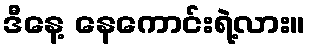
ဒီနေ့ နေကောင်းရဲ့လား။